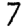
Digit: 7